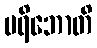
ပရိဘောတိ